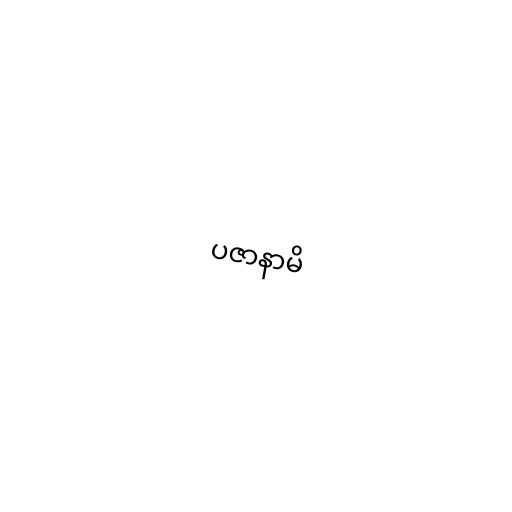
ပဇာနာမိ